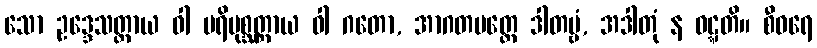
သော ဥဒ္ဒေသတ္ထာယ ဝါ ပရိပုစ္ဆတ္ထာယ ဝါ ဂတော, အာဂတမတ္တေ ဒါတဗ္ဗံ, အဒါတုံ န ဝဋ္ဋတိ။ စီဝရေ